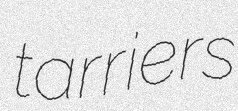
tarriers